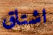
اشتاق